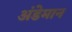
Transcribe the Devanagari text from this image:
अंडेमान